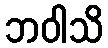
ဘဝါသိ